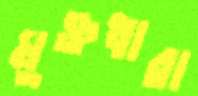
মুক্তধারা